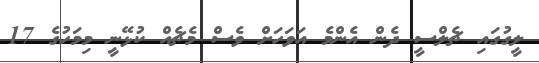
ލީގުގައި ޗެލްސީ ދެން އެންމެ އަަވަހަށް ވެސް މެޗެއް ކުޅޭނީ މިމަހުގެ 17